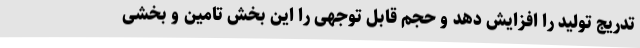
تدریج تولید را افزایش دهد و حجم قابل توجهی را این بخش تامین و بخشی